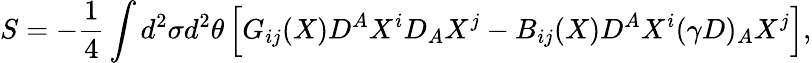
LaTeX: S=-\frac{1}{4}\int d^{2}\sigma d^{2}\theta\left[G_{ij}(X)D^{A}X^{i}D_{A}X^{j}-B_{ij}(X)D^{A}X^{i}(\gamma D)_{A}X^{j}\right],